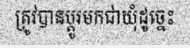
ត្រូវបានប្តូរមកជាឃុំដូច្នេះ